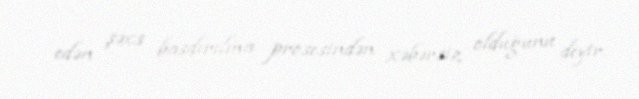
edən şəxs basdırılma prosesindən xəbərsiz olduğunu deyir.